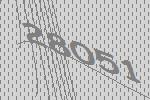
28051